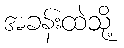
အခန်းထဲသို့